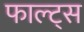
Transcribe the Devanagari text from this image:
फाल्ट्स